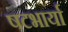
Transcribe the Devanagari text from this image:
षटभार्या